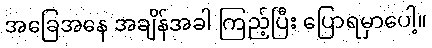
အခြေအနေ အချိန်အခါ ကြည့်ပြီး ပြောရမှာပေါ့။